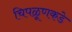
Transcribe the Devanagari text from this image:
चिपळूणकडे